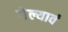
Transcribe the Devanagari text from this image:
गेल्यावं